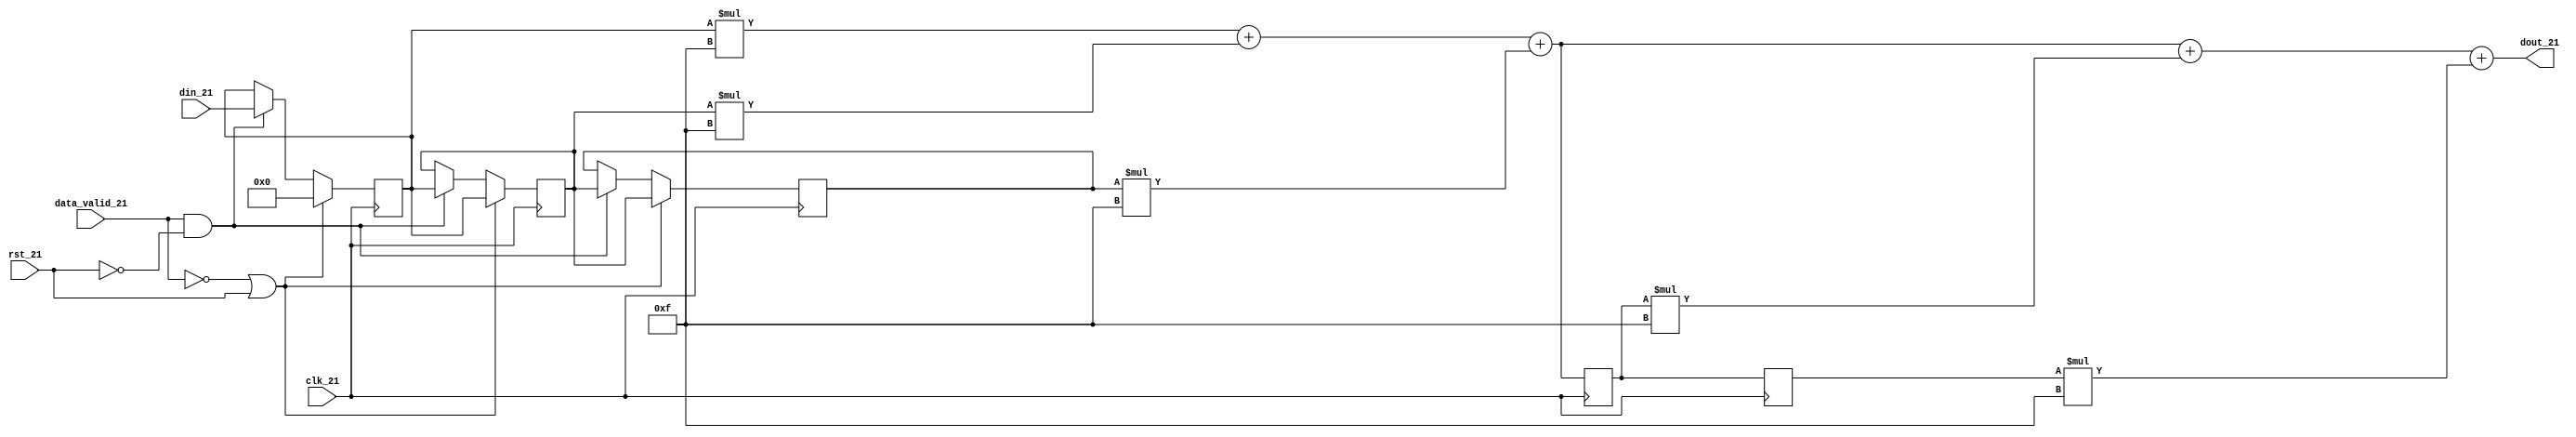
//__________Infinite Impulse Response_____________________________________\\\\
//___________For output not increasing 20 bits_____________________________\\\\
//__________________________________________________________________________\\\\
module discrete_sys_core(clk_21,rst_21,data_valid_21,din_21,dout_21);
input [7:0]din_21; input clk_21,rst_21, data_valid_21;	//Port Declarations
output [19:0]dout_21; reg [13:0] y1, y2; wire [13:0] y;
reg [7:0] in1, in2, in3; wire [11:0]mul1,mul2,mul3; wire [19:0]mul4,mul5;
parameter M1=4'b1111; parameter M2=4'b1111; parameter M3=4'b1111;
parameter M4=4'b1111; parameter M5=4'b1111;	//Defining Multipliers
always @(posedge clk_21) begin	//Synchronous Block for Delay of Inputs
if ((data_valid_21==0) || (rst_21==1)) begin
in1<=8'd0; in2<=in1; in3<=in2; end else		//Delay of inputs
if ((data_valid_21==1) && (rst_21==0)) begin
in1<=din_21; in2<=in1; in3<=in2; end end
assign mul1 = in1*M1;		//First_21 Multiplication
assign mul2 = in2*M2;		//Second Multiplication
assign mul3 = in3*M3;		//Third Multiplication
assign y = mul1+mul2+mul3;	//Output of the FIR
always @(posedge clk_21) begin	//Synchronous Block for Delay of Outputs
y1<=y; y2<=y1; end		//Delay of Outputs
assign mul4 = y1*M4;		//Fouth Multiplication
assign mul5 = y2*M5;		//Fifth Multiplication
assign dout_21 = y + mul4 + mul5;	//Output of IIR
endmodule